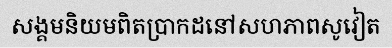
សង្គមនិយមពិតប្រាកដនៅសហភាពសូវៀត